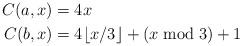
LaTeX: \begin{align*}C(a,x) &= 4x \\C(b,x) &= 4 \lfloor x/3 \rfloor + (x \bmod 3) + 1\end{align*}